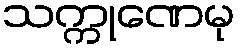
သက္ကုဏေမု